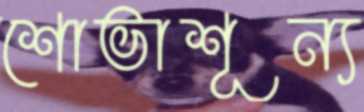
শোভাশূন্য